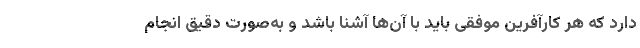
دارد که هر کارآفرین موفقی باید با آن‌ها آشنا باشد و به‌صورت دقیق انجام